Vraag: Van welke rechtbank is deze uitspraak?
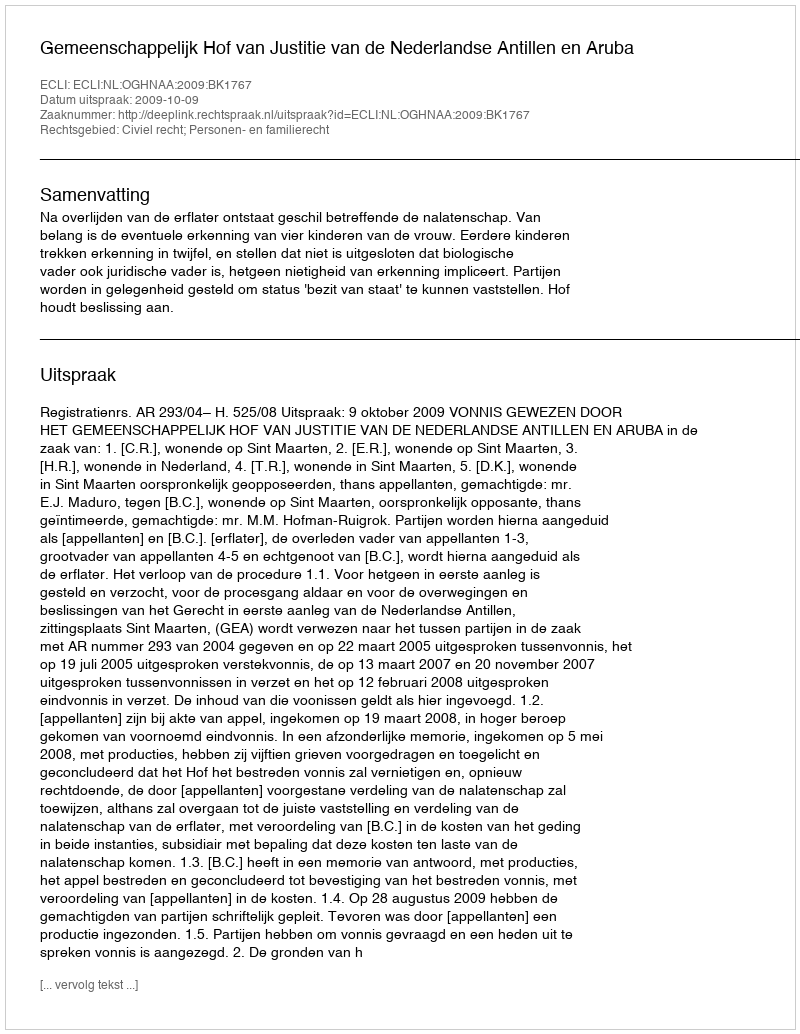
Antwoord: Gemeenschappelijk Hof van Justitie van de Nederlandse Antillen en Aruba